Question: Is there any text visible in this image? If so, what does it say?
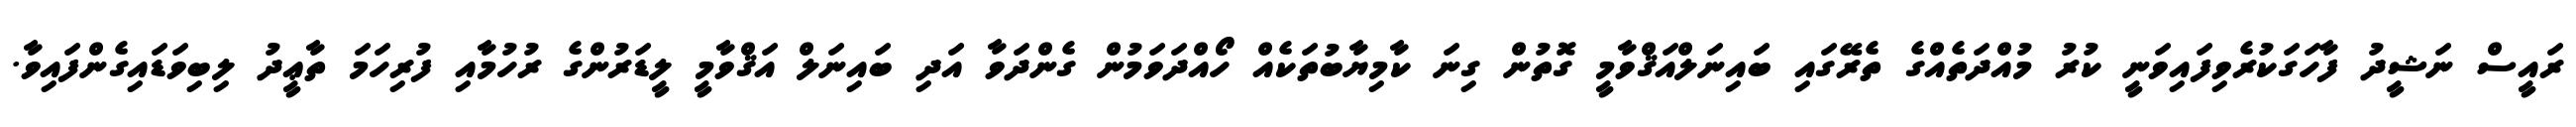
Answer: ރައީސް ނަޝީދު ފާހަގަކުރެވިފައިވަނީ ކުރު މުއްދަތެއްގެ ތެރޭގައި ބައިނަލްއަޤްވާމީ ގޮތުން ގިނަ ކާމިޔާބުތަކެއް ހޯއްދަވަމުން ގެންދަވާ އަދި ބައިނަލް އަޤްވާމީ ލީޑަރުންގެ ރުހުމާއި ފުރިހަމަ ތާޢީދު ލިބިވަޑައިގެންފައިވާ.